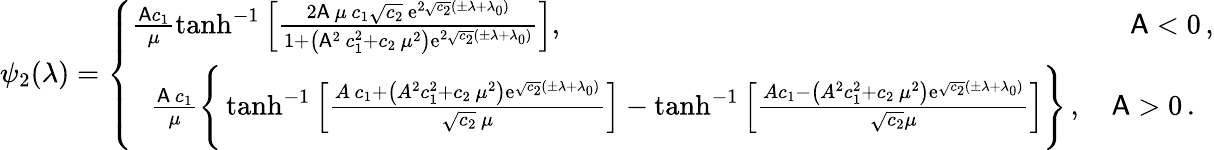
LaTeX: \psi_{2}(\lambda)=\left\{ \begin{array}{ll}{\begin{array}{c}{\frac{\mathsf{A}c_{1}}{\mu}\operatorname{tanh}^{-1}\left[\frac{2\mathsf{A}\, \mu\, c_{1}\sqrt{c_{2}}\, \mathrm{e}^{2\sqrt{c_{2}}(\pm\lambda+\lambda_{0})}}{1+\left(\mathsf{A}^{2}\, c_{1}^{2}+c_{2}\, \mu^{2}\right)\mathrm{e}^{2\sqrt{c_{2}}(\pm\lambda+\lambda_{0})}}\right],\qquad\qquad\qquad\qquad\qquad\qquad\qquad\qquad\qquad\qquad\mathsf{A}<0\, ,}\\ {\frac{\mathsf{A}\, c_{1}}{\mu}\Bigg\{ \operatorname{tanh}^{-1}\left[\frac{A\, c_{1}+\left(A^{2}c_{1}^{2}+c_{2}\, \mu^{2}\right)\mathrm{e}^{\sqrt{c_{2}}(\pm\lambda+\lambda_{0})}}{\sqrt{c_{2}}\, \mu}\right]-\operatorname{tanh}^{-1}\left[\frac{Ac_{1}-\left(A^{2}c_{1}^{2}+c_{2}\, \mu^{2}\right)\mathrm{e}^{\sqrt{c_{2}}(\pm\lambda+\lambda_{0})}}{\sqrt{c_{2}}\mu}\right]\Bigg\} \, ,\quad\mathsf{A}>0\, .}\end{array}}\end{array}\right.